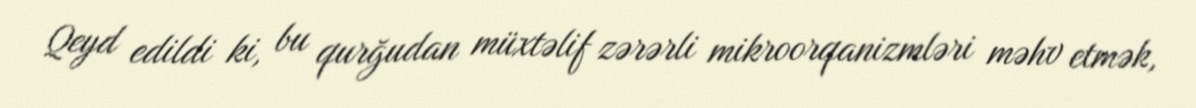
Qeyd edildi ki, bu qurğudan müxtəlif zərərli mikroorqanizmləri məhv etmək,